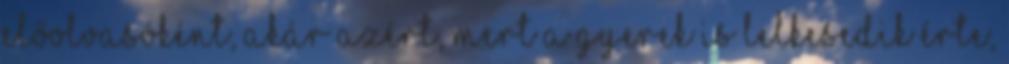
előolvasóként, akár azért, mert a gyerek is lelkesedik érte,